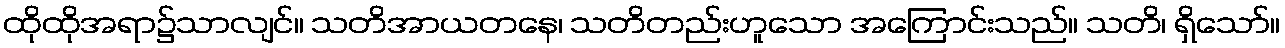
ထိုထိုအရာ၌သာလျင်။ သတိအာယတနေ၊ သတိတည်းဟူသော အကြောင်းသည်။ သတိ၊ ရှိသော်။